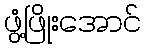
ဖွံ့ဖြိုးအောင်